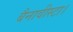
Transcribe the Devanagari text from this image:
बैनावीस्टा।